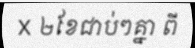
X ២ខែជាប់ៗគ្នា ពី